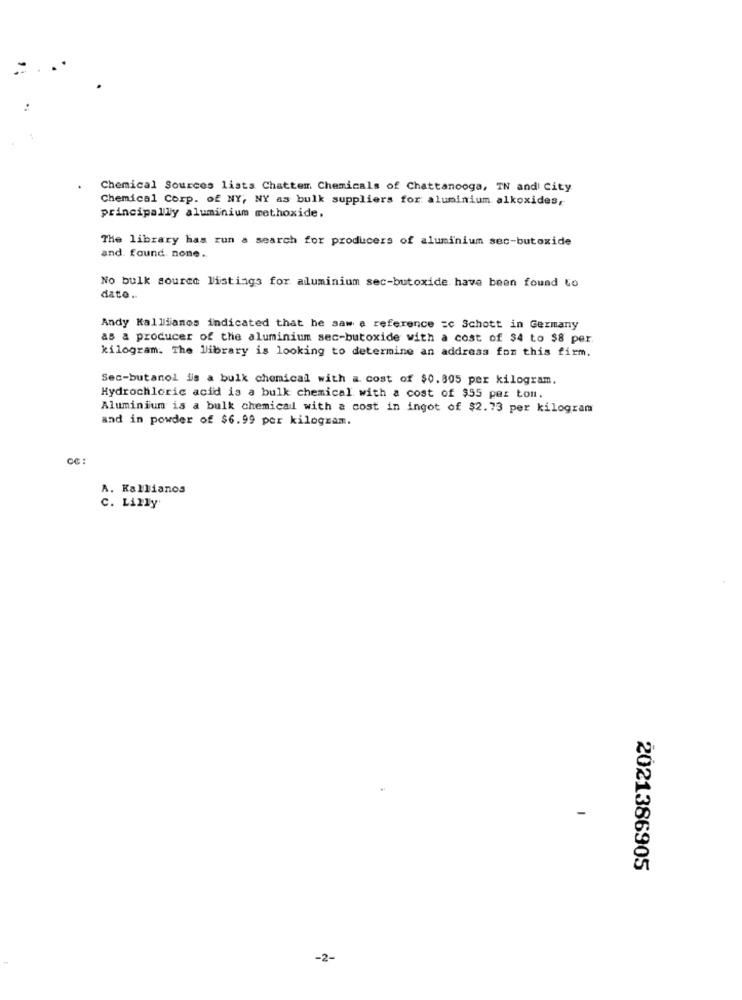
Chemical Sources lists Chattem Chemicals of Chattanooga, IN and City
Chemical Corp. of NY, NY as bulk suppliers for aluminium alkoxides,
principally aluminium methoxide.
The library has run a search for producers of aluminium sec-butoxide
and. found. none ..
No bulk source listings for aluminium sec-butoxide have been found to
dato ..
Andy Kallianos indicated that he saw a reference =c Schott in Germany
as a producer of the aluminium sec-butoxide with a cost of $4 to $8 per.
kilogram. The library is looking to determine an address for this firm.
Sec-butanol is a bulk chemical with a cost of $0.805 per kilogram.
Hydrochloric acid is a bulk chemical with a cost of $55 per tom.
Aluminium is a bulk chemical with a cost in ingot of $2.73 per kilogram
and in powder of $6.99 per kilogram.
A. Kallianos
C. Lilly'
2021386905
-2-